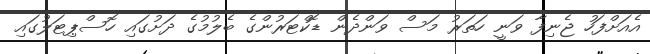
އެއަށްފަހު ޖެނިފާ ވަނީ ހަތަރު މަސް ވަންދެން ޑޮކްޓަރުންގެ ބެލުމުގެ ދަށުގައި ހޮސްޕިޓަލުގައި